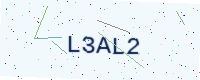
Text: L3AL2